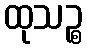
ထုသဉ္စ